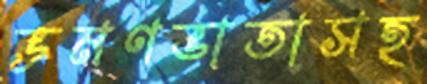
ভ্রমণভাতাসহ